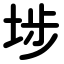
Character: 埗